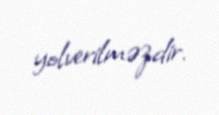
yolverilməzdir.